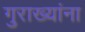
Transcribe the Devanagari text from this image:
गुराख्यांना